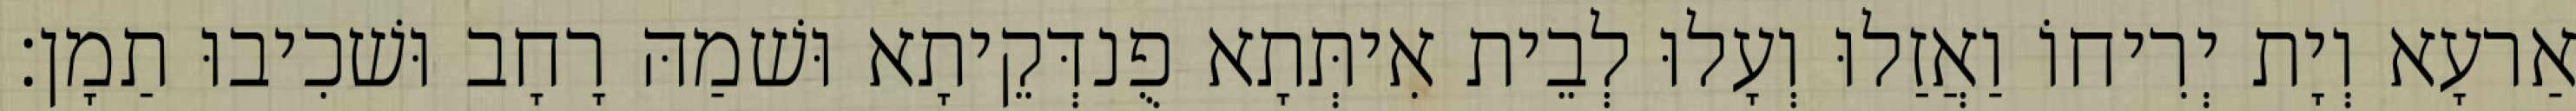
אַרעָא וְיָת יְרִיחוֹ וַאֲזַלוּ וְעָלוּ לְבֵית אִיתְּתָא פֻנדְּקֵיתָא וּשׁמַהּ רָחָב וּשׁכִיבוּ תַמָן׃